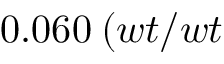
0 . 0 6 0 \: ( w t / w t \